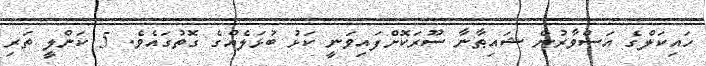
ހައިކަލްގެ އަސްވާރުން ޝައިޠާނާ ސޫރަކޮށްފައިވަނީ ކަޅު ބުޅަލެއްގެ ގޮތުގައެވެ. 5 ކަންލީ ތަރި